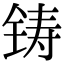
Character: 铸